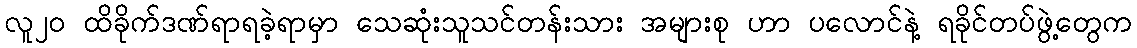
လူ၂၀ ထိခိုက်ဒဏ်ရာရခဲ့ရာမှာ သေဆုံးသူသင်တန်းသား အများစု ဟာ ပလောင်နဲ့ ရခိုင်တပ်ဖွဲ့တွေက